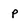
Character: p